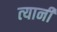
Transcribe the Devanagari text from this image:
त्‍यानी